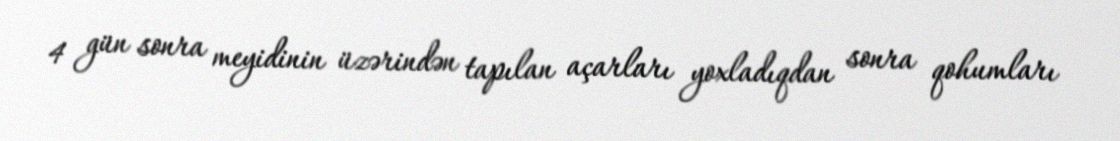
4 gün sonra meyidinin üzərindən tapılan açarları yoxladıqdan sonra qohumları